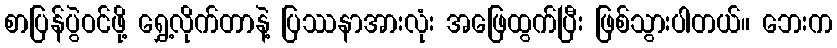
စာပြန်ပွဲဝင်ဖို့ ရွှေ့လိုက်တာနဲ့ ပြဿနာအားလုံး အဖြေထွက်ပြီး ဖြစ်သွားပါတယ်။ ဘေးက